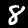
Label: 8